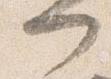
門